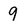
Character: 9